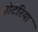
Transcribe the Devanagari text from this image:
सोटेरिया